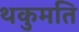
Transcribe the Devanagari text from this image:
थकुमति